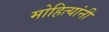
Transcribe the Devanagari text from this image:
मोहित्यांनी